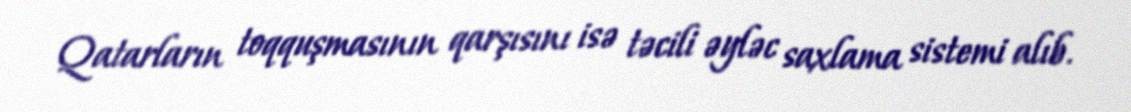
Qatarların toqquşmasının qarşısını isə təcili əyləc saxlama sistemi alıb.